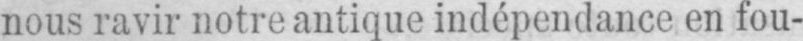
nous ravir notre antique indépendance en fou-